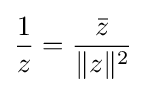
{\frac {1}{z}}={\frac {\bar {z}}{\|z\|^{2}}}